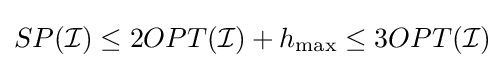
SP({\mathcal {I}})\leq 2OPT({\mathcal {I}})+h_{\max }\leq 3OPT({\mathcal {I}})